Report on sanitation, dispensaries, and jails in Rajputana for 1913, and on vaccination for the year 1913-1914 - 1913-1914
Year: 1913
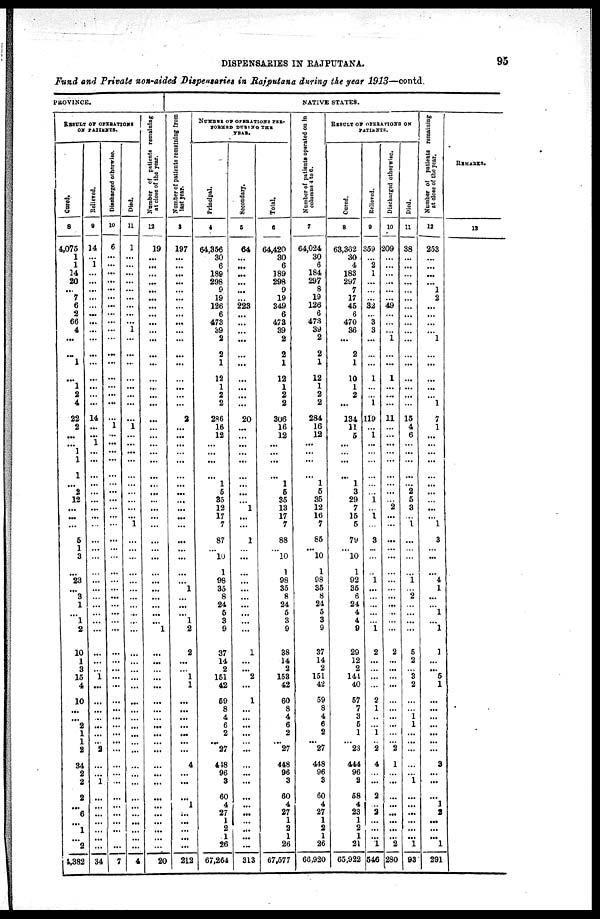
DISPENSARIES IN RAJPUTANA.
95
Fund and Private non-aided Dispensaries in Rajputana during the year 1913—contd.
PROVINCE.
RESULT OF OPERATIONS
ON PATIENTS.
Cured.
8
4,075
1
1
14
20
...
7
6
2
66
4
...
...
1
...
1
2
4
22
2
...
...
1
1
1
...
2
12
...
...
...
5
1
3
...
23
...
3
1
...
1
2
10
1
3
15
4
10
...
...
2
1
1
2
34
2
2
2
...
6
...
1
...
2
4,382
Relieved.
9
14
...
1
...
...
...
...
...
...
...
...
...
...
...
...
...
...
...
14
...
...
1
...
...
...
...
...
...
...
...
...
...
...
...
...
...
...
...
...
...
...
...
...
...
...
1
...
...
...
...
...
...
...
2
...
...
1
...
...
...
...
...
...
...
34
Discharged otherwise.
10
6
...
...
...
...
...
...
...
...
...
...
...
...
...
...
...
...
...
...
1
...
...
...
...
...
...
...
...
...
...
...
...
...
...
...
...
...
...
...
...
...
...
...
...
...
...
...
...
...
...
...
...
...
...
...
...
...
...
...
...
...
...
...
...
7
Died.
11
1
...
...
...
...
...
...
...
...
...
1
...
...
...
...
...
...
...
...
1
...
...
...
...
...
...
...
...
...
...
1
...
...
...
...
...
...
...
...
...
...
...
...
...
...
...
...
...
...
...
...
...
...
...
...
...
...
...
...
...
...
...
...
...
4
Number of patients remaining
at close of the year.
12
19
...
...
...
...
...
...
...
...
...
...
...
...
...
...
...
...
...
...
...
...
...
...
...
...
...
...
...
...
...
...
...
...
...
...
...
...
...
...
...
...
1
...
...
...
...
...
...
...
...
...
...
...
...
...
...
...
...
...
...
...
...
...
...
20
NATIVE STATES.
N umber of patients remaining from
last year.
3
197
...
...
...
...
...
...
...
...
...
...
...
...
...
...
...
...
...
2
...
...
...
...
...
...
...
...
...
...
...
...
...
...
...
...
...
1
...
...
...
1
2
2
...
...
1
1
...
...
...
...
...
...
...
4
...
...
...
1
...
...
...
...
...
212
NUMBER OF OPERATIONS PER¬
FORMED DURING THE
YEAR.
Principal.
4
64,356
30
6
189
298
9
19
126
6
473
39
2
2
1
12
1
2
2
286
16
12
...
...
...
...
1
5
35
12
17
7
87
...
10
1
98
35
8
24
5
3
9
37
14
2
151
42
59
8
4
6
2
...
27
448
96
3
60
4
27
1
2
1
26
67,264
Secondary.
5
64
...
...
...
...
...
...
223
...
...
...
...
...
...
...
...
...
...
20
...
...
...
...
...
...
...
...
...
1
...
...
1
...
...
...
...
...
...
...
...
...
...
1
...
...
2
...
1
...
...
...
...
...
...
...
...
...
...
...
...
...
...
...
...
313
Total.
6
64,420
30
6
189
298
9
19
349
6
473
39
2
2
1
12
1
2
2
306
16
12
...
...
...
...
1
5
35
13
17
7
88
...
10
1
98
35
8
24
5
3
9
38
14
2
153
42
60
8
4
6
2
...
27
448
96
3
60
4
27
1
2
1
26
67,577
Number of patients operated on in
column. 4 to 8.
7
64,024
30
6
184
297
8
19
126
6
473
39
2
2
1
12
1
2
2
284
16
12
...
...
...
...
1
5
35
12
16
7
85
...
10
1
98
35
8
24
5
3
9
37
14
2
151
42
59
8
4
6
2
...
27
448
96
3
60
4
27
1
2
1
26
66,920
RESULT OF OPERATIONS ON
PATIENTS.
Cured.
8
63,362
30
4
183
297
7
17
45
6
470
36
...
2
1
10
1
2
...
134
11
5
...
...
...
...
1
3
29
7
15
5
79
...
10
1
92
35
6
24
4
4
9
29
12
2
141
40
57
7
3
5
1
... 23
444
96
2
58
4
23
1
2
1
21
65,922
Relieved.
9
359
...
2
1
...
...
...
32
...
3
3
...
...
...
1
...
...
1
119
...
1
...
...
...
...
...
...
1
...
1
...
3
...
...
...
1
...
...
...
...
...
1
2
...
...
...
...
2
1
...
...
1
... 2
4
...
...
2
...
2
...
...
...
1
546
Discharged otherwise.
10
209
...
...
...
...
...
...
49
...
...
...
1
...
...
1
...
...
...
11
...
...
...
...
...
...
...
...
...
2
...
...
...
...
...
...
...
...
...
...
...
...
...
2
...
...
...
...
...
...
...
...
...
...
2
1
...
...
...
...
...
...
...
...
2
280
Died.
11
38
...
...
...
...
...
...
...
...
...
...
...
...
...
...
...
...
...
15
4
6
...
...
...
...
...
2
5
3
...
1
...
...
...
...
1
...
2
...
...
...
...
5
2
...
3
2
...
...
1
1
...
...
...
...
...
1
...
...
...
...
...
...
1
93
Number of patients remaining
at close of the year.
12
253
...
...
...
...
1
2
...
...
...
...
1
...
...
...
...
...
1
7
1
...
...
...
...
...
...
...
...
...
...
1
3
...
...
...
4
1
...
...
1
...
1
1
...
...
5
1
...
...
...
...
...
...
...
3
...
...
...
1
2
...
...
...
1
291
REMARKS.
13